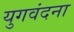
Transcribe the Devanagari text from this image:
युगवंदना